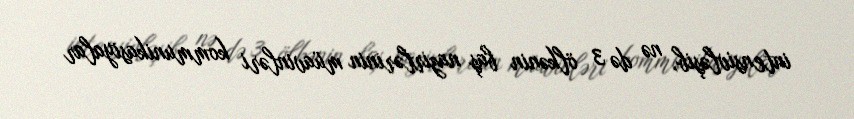
intensivləşib, nə də 3 ölkənin baş nazirlərinin müavinləri kommunikasiyalar